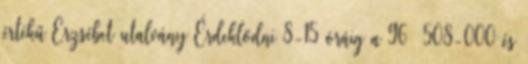
értékű Erzsébet utalvány Érdeklődni 8-15 óráig a 96 508-000 és